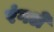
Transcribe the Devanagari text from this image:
रंगले